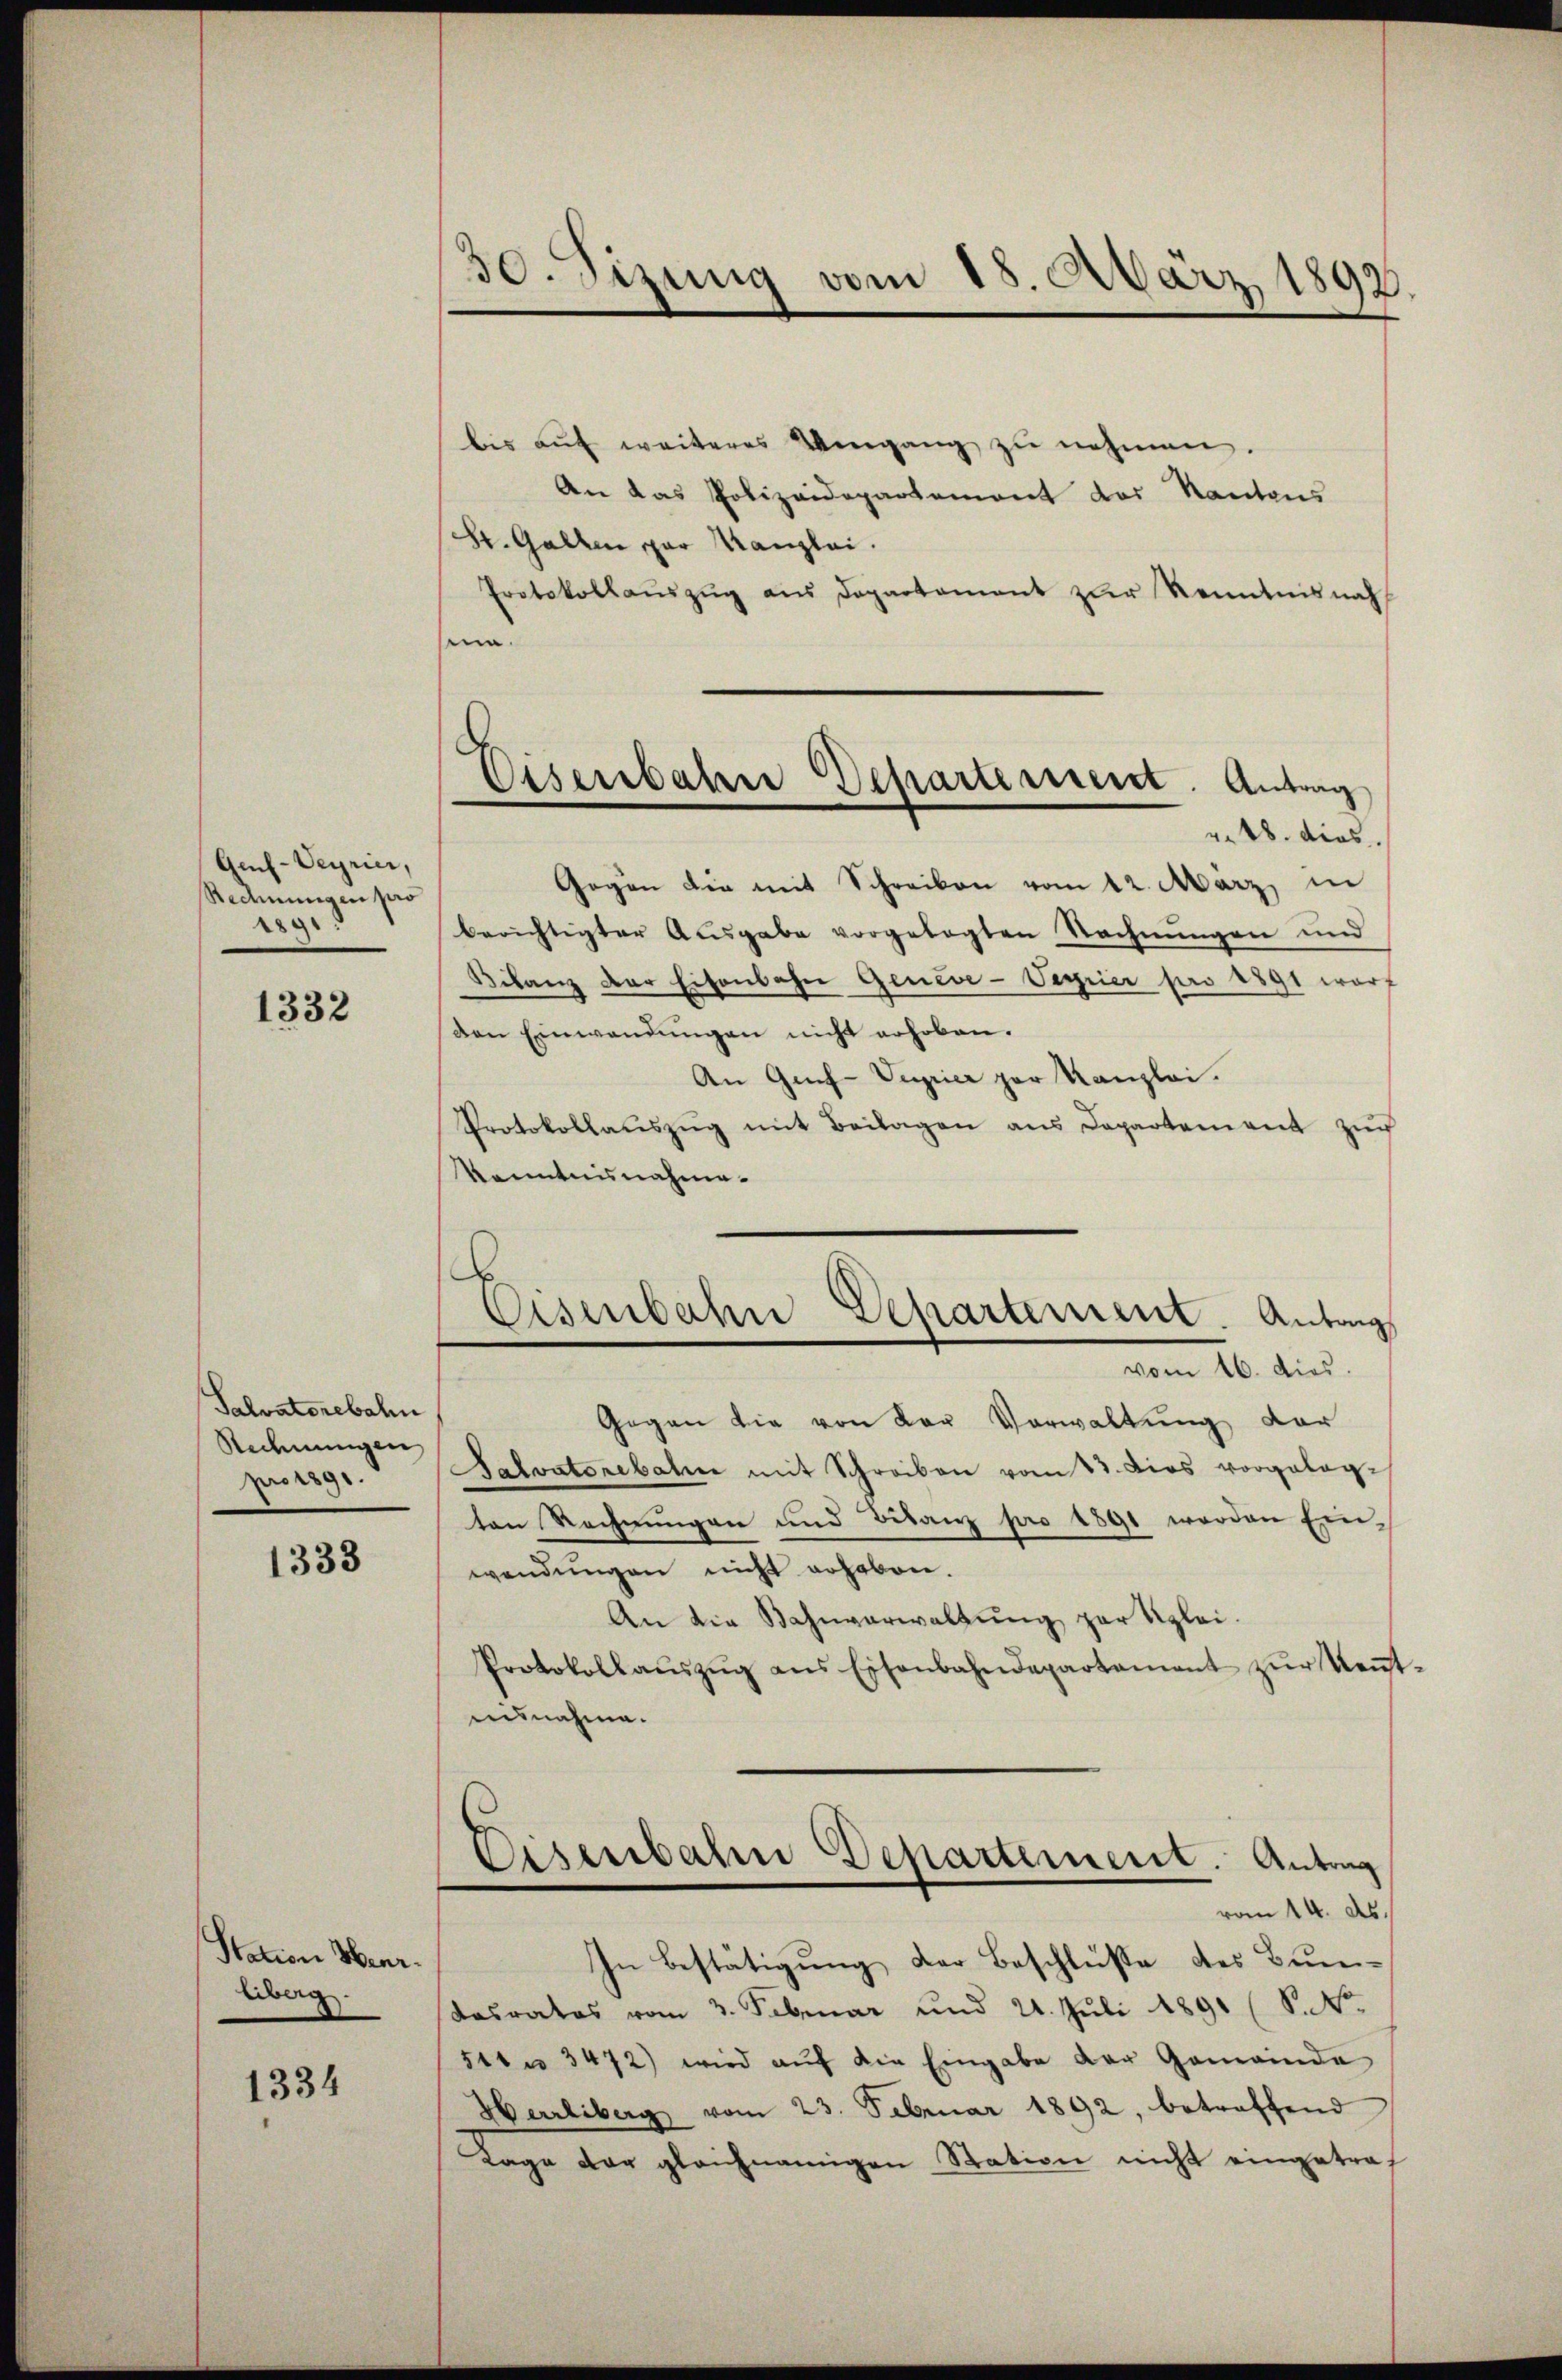
Guch-Veyrier,
Redmungen pro
289.

1332

Salvatorebahn
Rechnungen
pro 1891.

1333

Station Herr.
liberg.
1334

30. Sizung vom 18. März 1892.

Eisenbahn Departement. Antrag
v. 18. dies

bis aŭf weiteres Vergang zŭ nehmen.
An das Polizeidepartemont der Kantons
St. Gallen par Kanzlei.
Protokollaŭszŭg aŭs Departament zŭr Kenntnisnah
sma
Gegen die mit Schreiben vom 12. März, in
berichtigter Ausgabe vorgelegten Rechnungen und
Bilanz der Eisenbahn Geneve-Verrier pro 1891 warf
ven Einwendungen nicht erhoben.
An Grif-Verrier par Kanzlei.
Protokollaŭszŭg mit Beilagen ans Departement zŭ
Kenntnisnahme.
b
Eisenbahne Departement. Antrags
vom 16. dies
Gegen die von der Vorwaltung der
Salvatorebat mit Schreiben vom 13. dies vorgelegten Rechnungen und Bilanz pro 1891 werden Einwendŭngen nicht erhoben.
An die Bahnverwaltung zur Klei¬
Protokollaŭszŭg ans Eisenbahndepartament zŭr Keṅt-
ausnahme.

Eisenbahn Departement. Antrag
vom 14. ds.

In Bestätigung der Beschlüße des Bundasrates vom 3. Februar und 21. Juli 1891 (S. N.
sttr 3472) wird auf die Eingabe der Gemeinde
Herrliberg vom 23. Februar 1892, betreffend
Tage der gleichnamigen Station nicht eingetraf